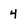
Character: 4